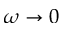
\omega \to 0